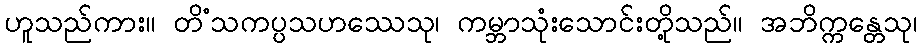
ဟူသည်ကား။ တိံသကပ္ပသဟဿေသု၊ ကမ္ဘာသုံးသောင်းတို့သည်။ အဘိက္ကန္တေသု၊